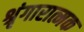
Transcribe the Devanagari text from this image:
श्रृंगारात्मक